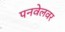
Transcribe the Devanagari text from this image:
पनवेलवर